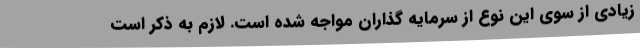
زیادی از سوی این نوع از سرمایه گذاران مواجه شده است. لازم به ذکر است